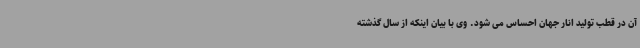
آن در قطب تولید انار جهان احساس می شود. وی با بیان اینکه از سال گذشته